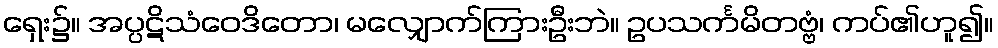
ရှေး၌။ အပ္ပဋိသံဝေဒိတော၊ မလျှောက်ကြားဦးဘဲ။ ဥပသင်္ကမိတဗ္ဗံ၊ ကပ်၏ဟူ၍။